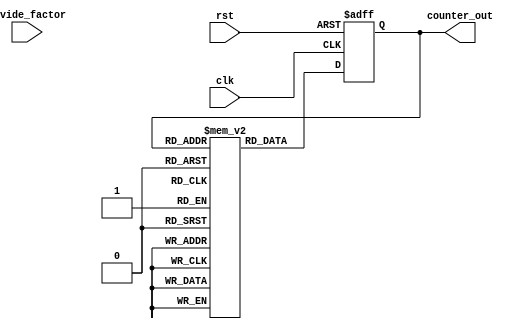
module gray_counter_divider (
    input wire clk,
    input wire rst,
    input wire [3:0] divide_factor,
    output reg [3:0] counter_out
);

reg [3:0] gray_code [0:15];

always @ (posedge clk or posedge rst) begin
    if (rst) begin
        counter_out <= 4'b0000;
    end else begin
        counter_out <= gray_code[counter_out];
    end
end

// Gray code initialization
// Generated using http://www.ee.unb.ca/cgi-bin/tervo/gray SHITF+L8rRE//%2Bzwp4SeVmbzoLEHnzb1N0SJSOOHXzOOVZMorlNH

initial begin
    gray_code[0] = 4'b0000;
    gray_code[1] = 4'b0001;
    gray_code[2] = 4'b0011;
    gray_code[3] = 4'b0010;
    gray_code[4] = 4'b0110;
    gray_code[5] = 4'b0111;
    gray_code[6] = 4'b0101;
    gray_code[7] = 4'b0100;
    gray_code[8] = 4'b1100;
    gray_code[9] = 4'b1101;
    gray_code[10] = 4'b1111;
    gray_code[11] = 4'b1110;
    gray_code[12] = 4'b1010;
    gray_code[13] = 4'b1011;
    gray_code[14] = 4'b1001;
    gray_code[15] = 4'b1000;
end

endmodule